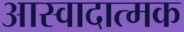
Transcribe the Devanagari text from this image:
आस्वादात्मक